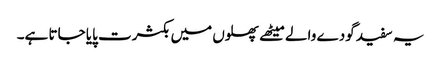
یہ سفید گودے والے میٹھے پھلوں میں بکثرت پایا جاتا ہے۔